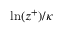
\ln ( z ^ { + } ) / \kappa